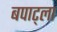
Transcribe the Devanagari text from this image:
बपाट्ला